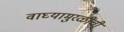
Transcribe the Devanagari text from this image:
वाघ्यामुरळींची